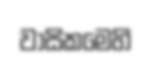
වාසිකමෙහි